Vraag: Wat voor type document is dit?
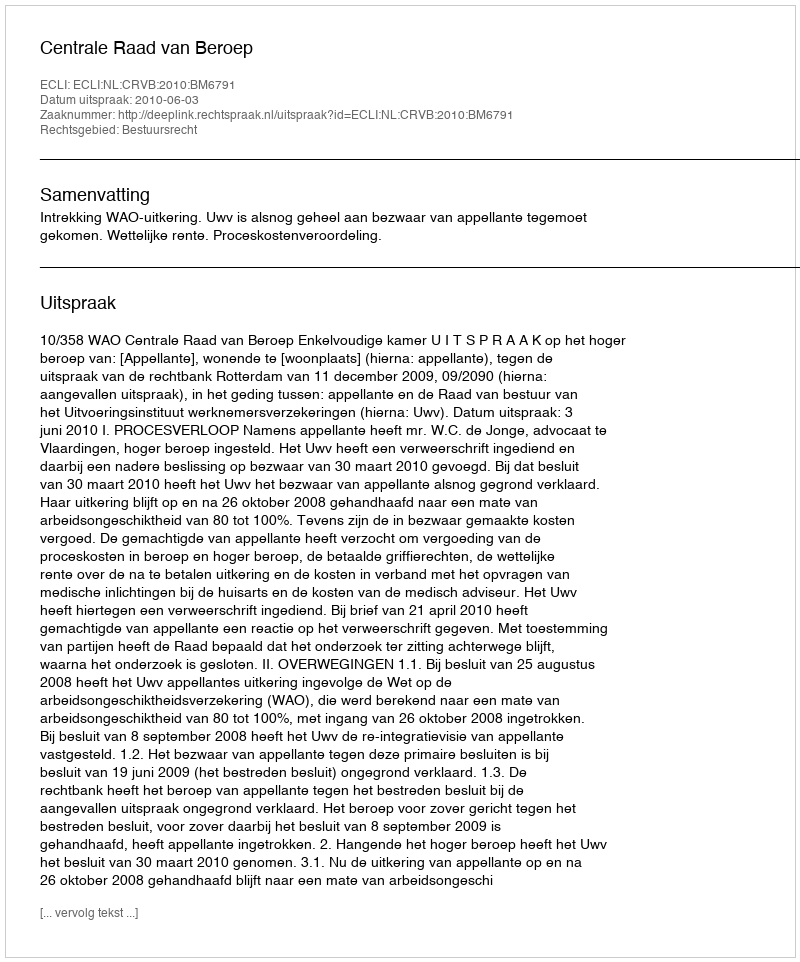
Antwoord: Uitspraak